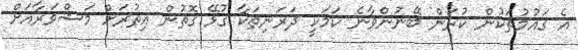
އެ ގައުމުތަކުން ކުރަން ބޭނުންވާނެ ކަމަކީ ދަރަނިތަކާ ގުޅޭ ގޮތުން އިތުރަށް މަޝްވަރާއަށް